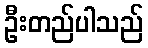
ဦးတည်ပါသည်